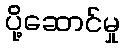
ပို့ဆောင်မှု